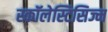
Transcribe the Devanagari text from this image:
स्कॉलेस्टिसिज्म